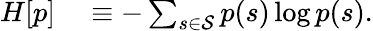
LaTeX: \begin{array}{rl}{H[p]}&{{}\equiv-\sum_{s\in\mathcal S}p(s)\log p(s).}\end{array}